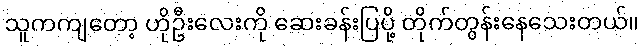
သူကကျတော့ ဟိုဦးလေးကို ဆေးခန်းပြပို့ တိုက်တွန်းနေသေးတယ်။